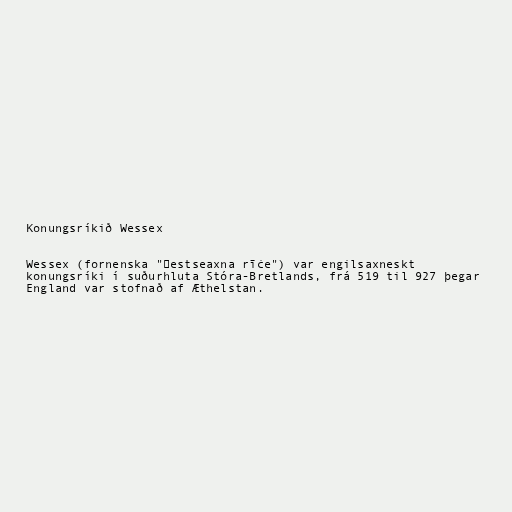
Konungsríkið Wessex

Wessex (fornenska "Ƿestseaxna rīċe") var engilsaxneskt
konungsríki í suðurhluta Stóra-Bretlands, frá 519 til 927 þegar
England var stofnað af Æthelstan.